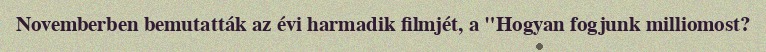
Novemberben bemutatták az évi harmadik filmjét, a "Hogyan fogjunk milliomost?